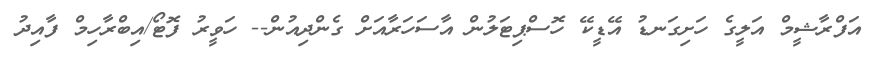
އަފްރާޝީމް އަލީގެ ހަށިގަނޑު އޭޑީކޭ ހޮސްޕިޓަލުން އާސަހަރާއަށް ގެންދިއުން-- ހަވީރު ފޮޓޯ/އިބްރާހިމް ފާއިދު